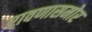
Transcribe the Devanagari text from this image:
रावणासमोर